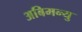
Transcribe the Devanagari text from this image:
अबिमन्यु